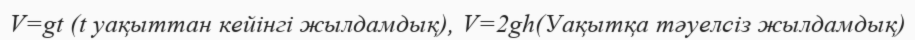
V=gt (t уақыттан кейінгі жылдамдық), V=2gh(Уақытқа тәуелсіз жылдамдық)